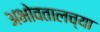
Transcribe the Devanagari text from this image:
अभोवतालच्या